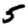
Digit: 5